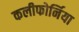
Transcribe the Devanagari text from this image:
कलीफोर्निया